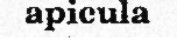
apicula